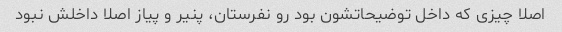
اصلا چیزی که داخل توضیحاتشون بود رو نفرستان، پنیر و پیاز اصلا داخلش نبود